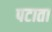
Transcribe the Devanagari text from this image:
पटाता